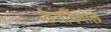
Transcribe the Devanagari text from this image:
कैनबिनोल